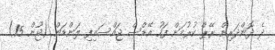
ދެ ދޮންދަރިން ރޭޕް ކުރުމަށް ފަހު އޭޑްސް ޖައްސައިފި ލަންޑަން (ޖޫން 15)